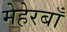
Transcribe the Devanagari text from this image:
मेहेरबाँ